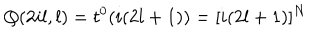
Q ( 2 i l , l ) = t ^ { 0 } ( i ( 2 l + 1 ) ) = [ i ( 2 l + 1 ) ] ^ { N }